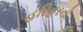
હરિહરનો